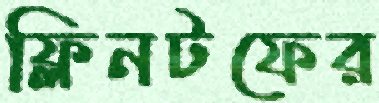
ফ্লিনটফের